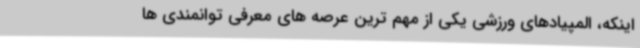
اینکه، المپیادهای ورزشی یکی از مهم ترین عرصه های معرفی توانمندی ها